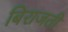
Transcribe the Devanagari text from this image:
बिराजती